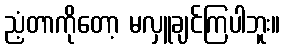
ညံ့တာကိုတော့ မလှူချင်ကြပါဘူး။